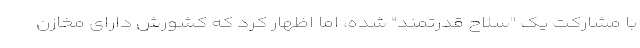
با مشارکت یک "سلاح قدرتمند" شده، اما اظهار کرد که کشورش دارای مخازن